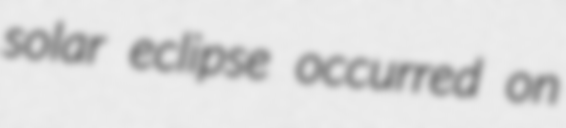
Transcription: solar eclipse occurred on